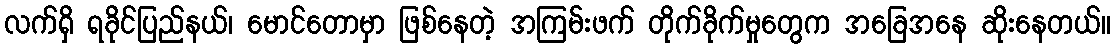
လက်ရှိ ရခိုင်ပြည်နယ်၊ မောင်တောမှာ ဖြစ်နေတဲ့ အကြမ်းဖက် တိုက်ခိုက်မှုတွေက အခြေအနေ ဆိုးနေတယ်။